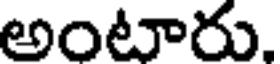
అంటారు,